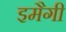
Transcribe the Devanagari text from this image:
इमैगी